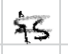
Text: is
Cross-out: mix
Writing tool: digital_black